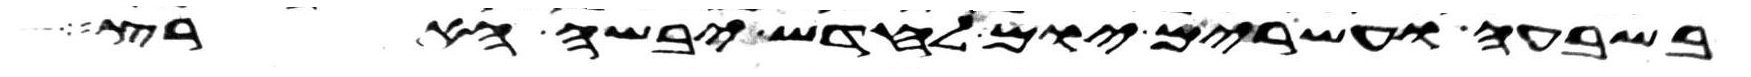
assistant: בשבעה ועשרים יום לחדש יבשה הארץ